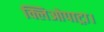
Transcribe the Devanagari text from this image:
क्लिओपाट्रा।